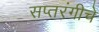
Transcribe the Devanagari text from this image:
सप्तरंगीचे